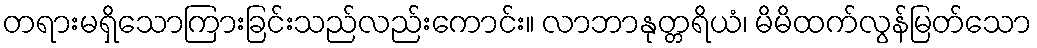
တရားမရှိသောကြားခြင်းသည်လည်းကောင်း။ လာဘာနုတ္တရိယံ၊ မိမိထက်လွန်မြတ်သော